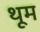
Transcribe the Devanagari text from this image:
थूम